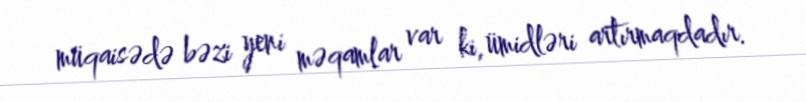
müqaisədə bəzi yeni məqamlar var ki, ümidləri artırmaqdadır.